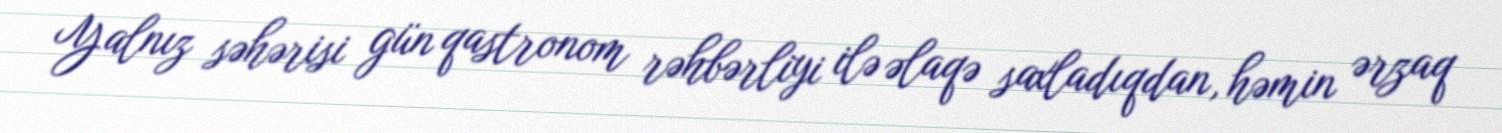
Yalnız səhərisi gün qastronom rəhbərliyi ilə əlaqə saxladıqdan, həmin ərzaq